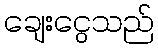
ချေးငွေသည်